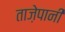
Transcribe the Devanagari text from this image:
ताज़ेपानी